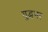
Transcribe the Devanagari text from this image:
युद्धभर